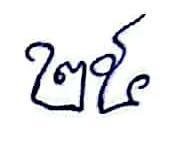
២៥